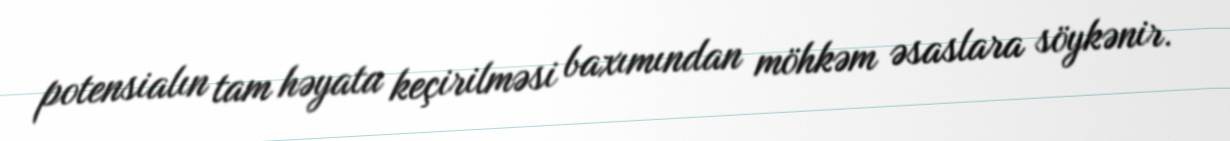
potensialın tam həyata keçirilməsi baxımından möhkəm əsaslara söykənir.